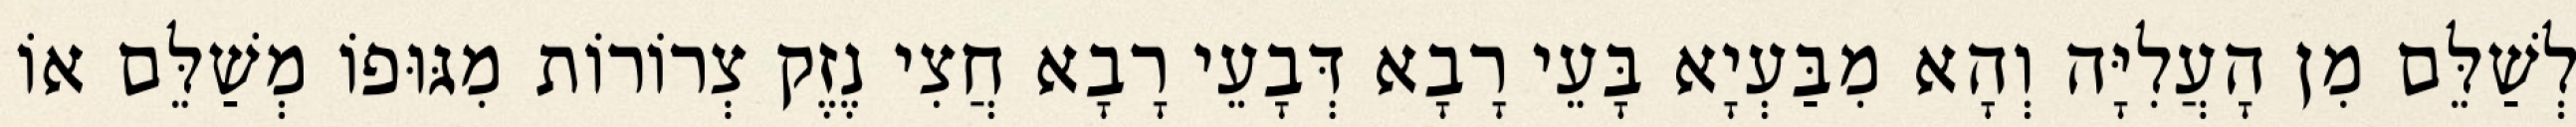
לְשַׁלֵּם מִן הָעֲלִיָּה וְהָא מִבַּעְיָא בָּעֵי רָבָא דְּבָעֵי רָבָא חֲצִי נֶזֶק צְרוֹרוֹת מִגּוּפוֹ מְשַׁלֵּם אוֹ